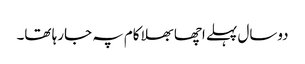
دوسال پہلے اچھا بھلا کام پہ جارہا تھا۔